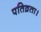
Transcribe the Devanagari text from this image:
पतिव्रता।